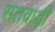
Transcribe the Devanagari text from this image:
सतवाड़ी